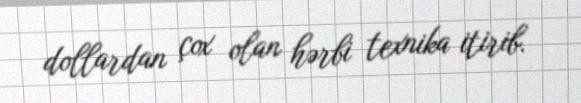
dollardan çox olan hərbi texnika itirib.